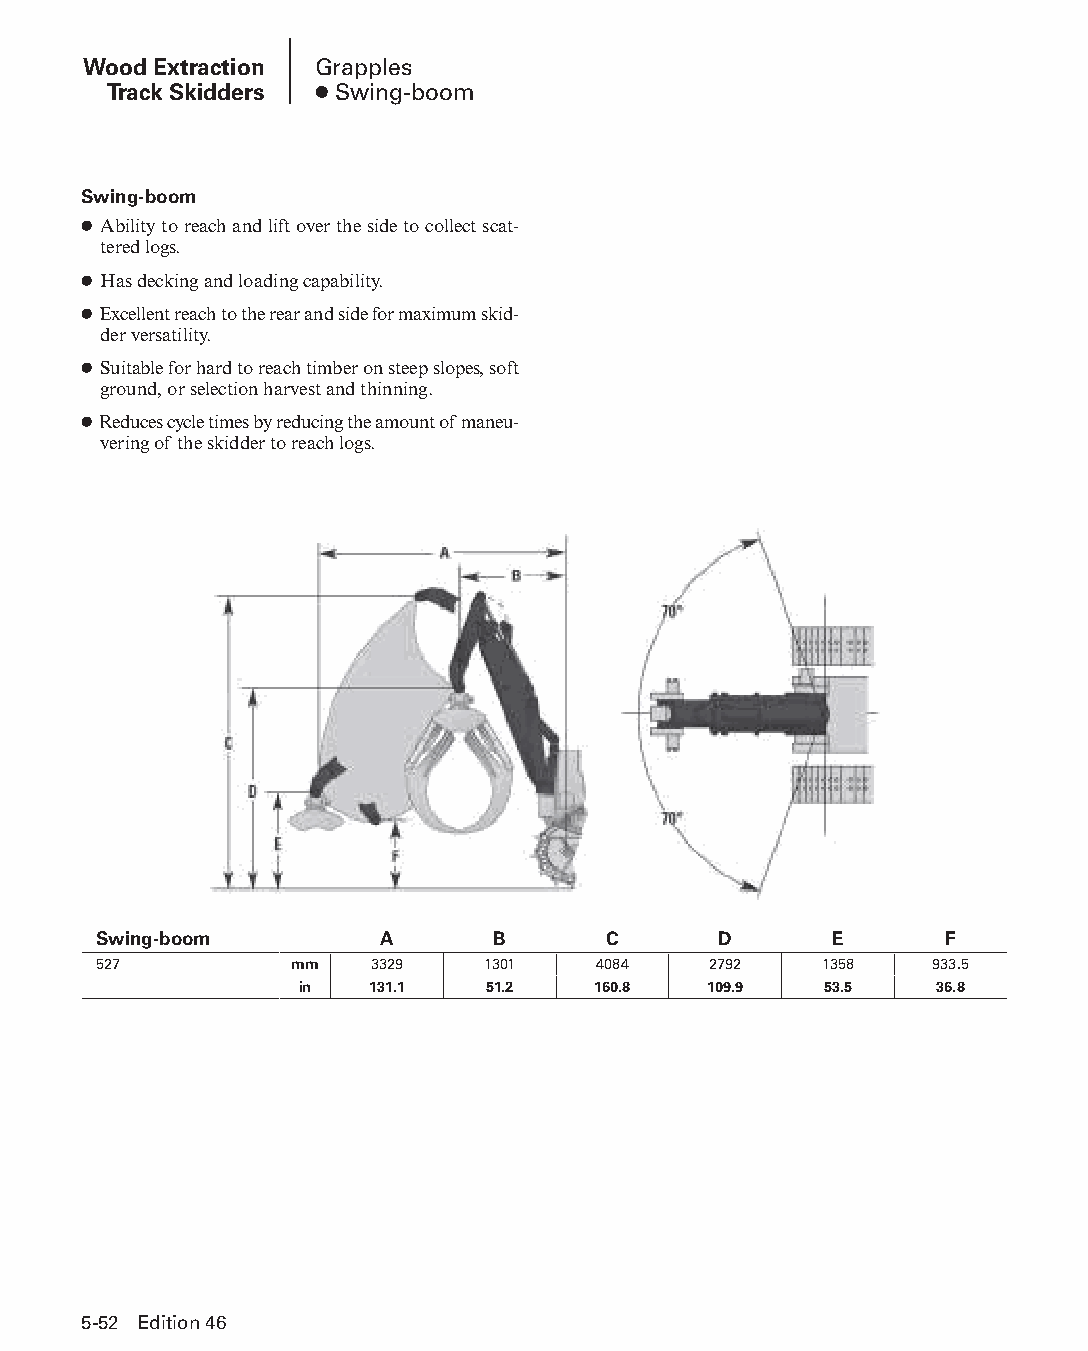
Wood Extraction Grapples
 Track Skidders ● Swing-boom
 Swing-boom
 ● Ability to reach and lift over the side to collect scat-
 tered logs.
 ● Has decking and loading capability.
 ● Excellent reach to the rear and side for maximum skid-
 der versatility.
 ● Suitable for hard to reach timber on steep slopes, soft
 ground, or selection harvest and thinning.
 ● Reduces cycle times by reducing the amount of maneu-
 vering of the skidder to reach logs.
 Swing-boom         A      B      C       D      E       F
 527          mm   3329   1301    4084   2792    1358   933.5
 in   131.1   51.2   160.8  109.9   53.5   36.8
 5-52 Edition 46
 PPHHBB--SSeecc0055--1166..iinndddd 5522                        1122//44//1155 22::1188 PPMM